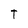
Character: T